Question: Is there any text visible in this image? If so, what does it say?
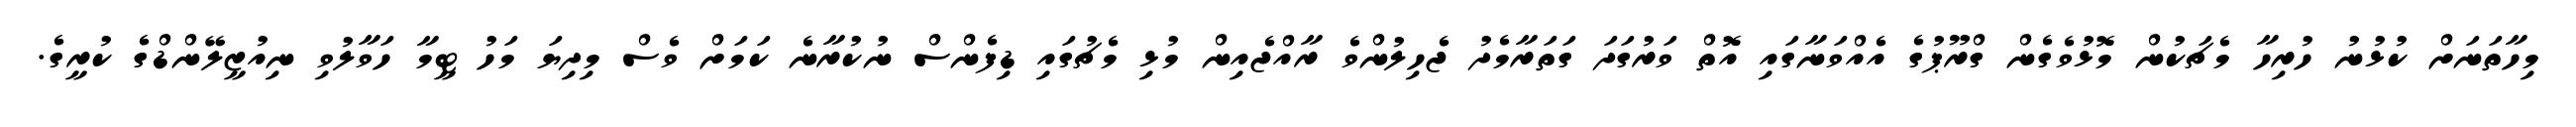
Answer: މިހާތަނަށް ކުޅުނު ހުރިހާ މެޗަކުން މޮޅުވެގެން ގްރޫޕުގެ އެއްވަނާގައި އޮތް ވަރުގަދަ ގަތަރާމެދު ޖެހިލުންވެ ރާއްޖެއިން މުޅި މެޗުގައި ޑިފެންސް ނުކުރާނެ ކަމަށް ވެސް މިދިޔަ މަހު ޓީމާ ހަވާލުވި ނިއުޒީލޭންޑްގެ ކުރީގެ.